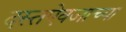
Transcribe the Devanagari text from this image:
दस्तऐवजाच्या